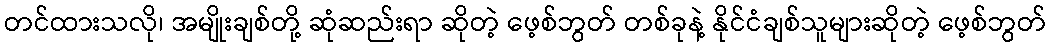
တင်ထားသလို၊ အမျိုးချစ်တို့ ဆုံဆည်းရာ ဆိုတဲ့ ဖေ့စ်ဘွတ် တစ်ခုနဲ့ နိုင်ငံချစ်သူများဆိုတဲ့ ဖေ့စ်ဘွတ်